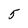
Character: 5